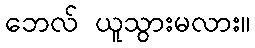
ဘေလ် ယူသွားမလား။